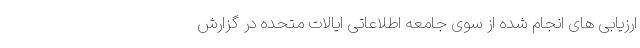
ارزیابی های انجام شده از سوی جامعه اطلاعاتی ایالات متحده در گزارش